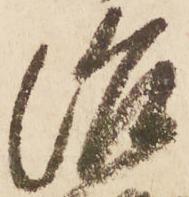
治